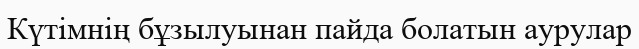
Күтімнің бұзылуынан пайда болатын аурулар